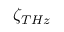
\zeta _ { T H z }